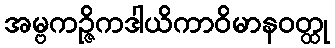
အမ္ဗကဉ္ဇိကဒါယိကာဝိမာနဝတ္ထု